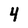
Character: 4